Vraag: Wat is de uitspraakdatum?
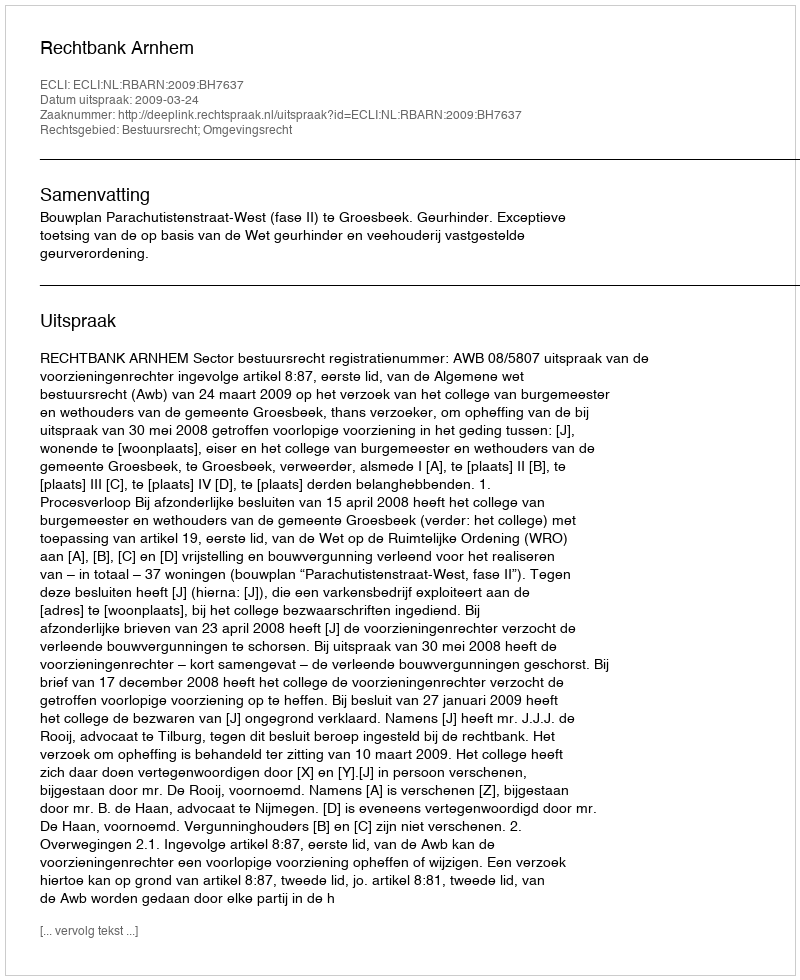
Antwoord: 2009-03-24